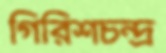
গিরিশচন্দ্র